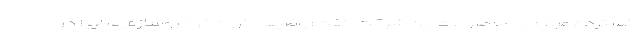
گسترده مردم از محصولات این شرکت گفت: وظیفه گروه خودروسازی سایپا در